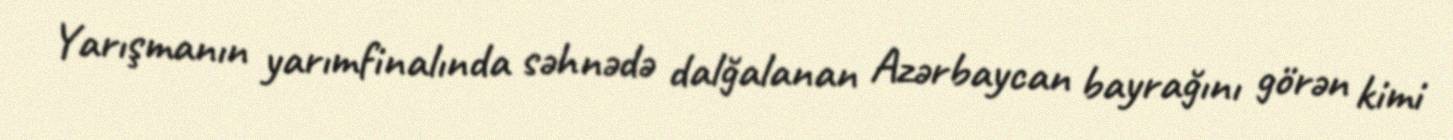
Yarışmanın yarımfinalında səhnədə dalğalanan Azərbaycan bayrağını görən kimi